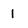
Character: 1